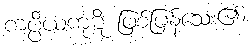
ကပ္ပိယကုဋိ ဖြစ်ပြန်သေး၏၊